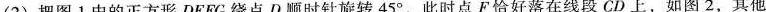
(2)把图1中的正方形DEFC绕点D顺时针旋转45^ { \circ }，此时点F恰好落在线段CD上，如图2，其他